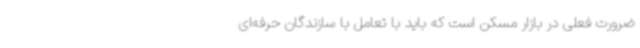
ضرورت فعلی در بازار مسکن است که باید با تعامل با سازندگان حرفه‌ای